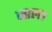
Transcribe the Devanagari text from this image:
जाल।